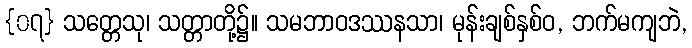
{၀၇} သတ္တေသု၊ သတ္တာတို့၌။ သမဘာဝဒဿနသာ၊ မုန်းချစ်နှစ်ဝ, ဘက်မကျဘဲ,